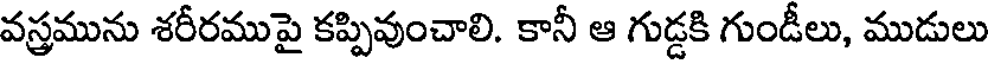
వస్త్రమును శరీరముపై కప్పివుంచాలి. కానీ ఆ గుడ్డకి గుండీలు, ముడులు